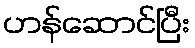
ဟန်ဆောင်ပြီး